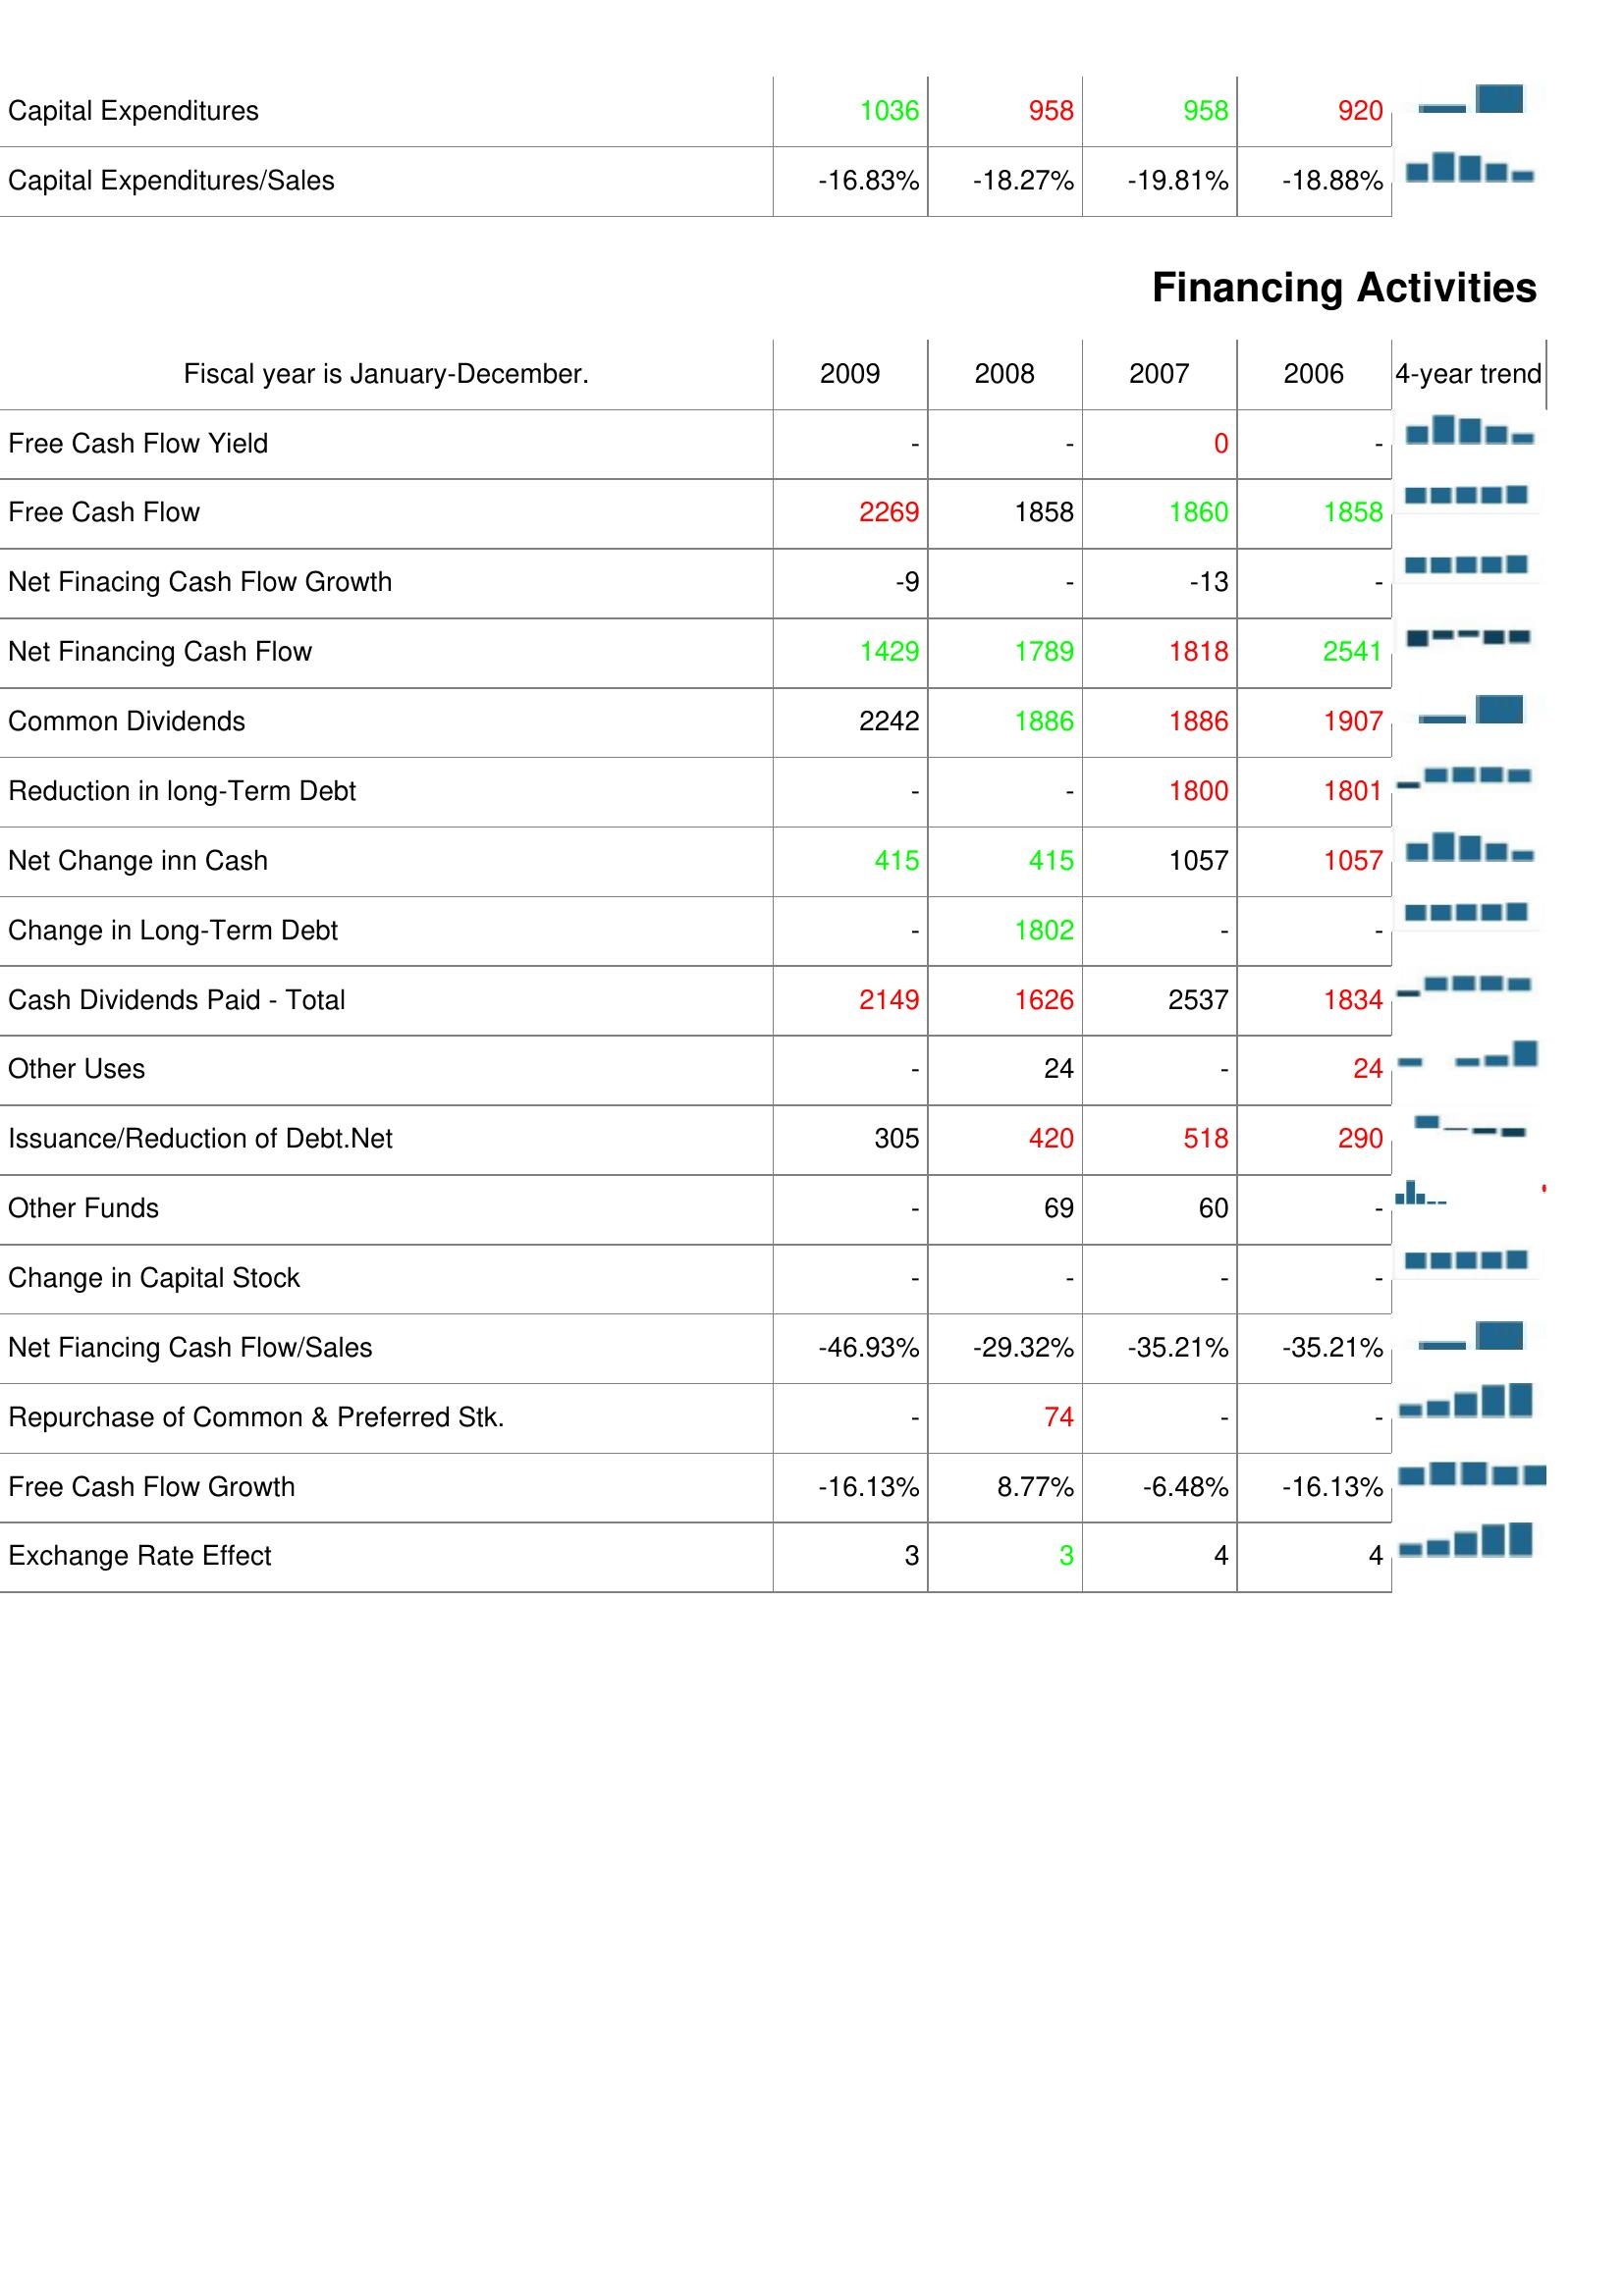
2009: Investing Activities: Capital Expenditures: 1036
Capital Expenditures/Sales: -16.83%
Financing Activities: Free Cash Flow Yield: -
Free Cash Flow: 2269
Net Finacing Cash Flow Growth: -9
Net Financing Cash Flow: 1429
Common Dividends: 2242
Reduction in long-Term Debt: -
Net Change inn Cash: 415
Change in Long-Term Debt: -
Cash Dividends Paid - Total: 2149
Other Uses: -
Issuance/Reduction of Debt.Net: 305
Other Funds: -
Change in Capital Stock: -
Net Fiancing Cash Flow/Sales: -46.93%
Repurchase of Common & Preferred Stk.: -
Free Cash Flow Growth: -16.13%
Exchange Rate Effect: 3
2008: Investing Activities: Capital Expenditures: 958
Capital Expenditures/Sales: -18.27%
Financing Activities: Free Cash Flow Yield: -
Free Cash Flow: 1858
Net Finacing Cash Flow Growth: -
Net Financing Cash Flow: 1789
Common Dividends: 1886
Reduction in long-Term Debt: -
Net Change inn Cash: 415
Change in Long-Term Debt: 1802
Cash Dividends Paid - Total: 1626
Other Uses: 24
Issuance/Reduction of Debt.Net: 420
Other Funds: 69
Change in Capital Stock: -
Net Fiancing Cash Flow/Sales: -29.32%
Repurchase of Common & Preferred Stk.: 74
Free Cash Flow Growth: 8.77%
Exchange Rate Effect: 3
2007: Investing Activities: Capital Expenditures: 958
Capital Expenditures/Sales: -19.81%
Financing Activities: Free Cash Flow Yield: 0
Free Cash Flow: 1860
Net Finacing Cash Flow Growth: -13
Net Financing Cash Flow: 1818
Common Dividends: 1886
Reduction in long-Term Debt: 1800
Net Change inn Cash: 1057
Change in Long-Term Debt: -
Cash Dividends Paid - Total: 2537
Other Uses: -
Issuance/Reduction of Debt.Net: 518
Other Funds: 60
Change in Capital Stock: -
Net Fiancing Cash Flow/Sales: -35.21%
Repurchase of Common & Preferred Stk.: -
Free Cash Flow Growth: -6.48%
Exchange Rate Effect: 4
2006: Investing Activities: Capital Expenditures: 920
Capital Expenditures/Sales: -18.88%
Financing Activities: Free Cash Flow Yield: -
Free Cash Flow: 1858
Net Finacing Cash Flow Growth: -
Net Financing Cash Flow: 2541
Common Dividends: 1907
Reduction in long-Term Debt: 1801
Net Change inn Cash: 1057
Change in Long-Term Debt: -
Cash Dividends Paid - Total: 1834
Other Uses: 24
Issuance/Reduction of Debt.Net: 290
Other Funds: -
Change in Capital Stock: -
Net Fiancing Cash Flow/Sales: -35.21%
Repurchase of Common & Preferred Stk.: -
Free Cash Flow Growth: -16.13%
Exchange Rate Effect: 4